Vaccination Hyderabad 1872-1889 - 1872-1889
Year: 1872
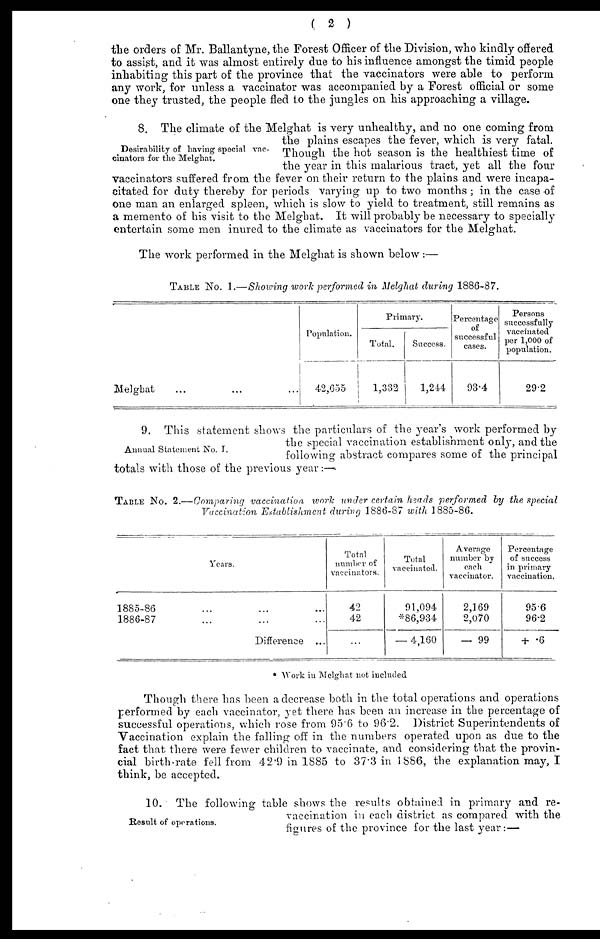
( 2 )
the orders of Mr. Ballantyne, the Forest Officer of the Division, who kindly offered
to assist, and it was almost entirely due to his influence amongst the timid people
inhabiting this part of the province that the vaccinators were able to perform
any work, for unless a vaccinator was accompanied by a Forest official or some
one they trusted, the people fled to the jungles on his approaching a village.
Desirability of having special vac-
cinators for the Melghat.
8. The climate of the Melghat is very unhealthy, and no one coming from
the plains escapes the fever, which is very fatal.
Though the hot season is the healthiest time of
the year in this malarious tract, yet all the four
vaccinators suffered from the fever on their return to the plains and were incapa-
citated for duty thereby for periods varying up to two months; in the case of
one man an enlarged spleen, which is slow to yield to treatment, still remains as
a memento of his visit to the Melghat. It will probably be necessary to specially
entertain some men inured to the climate as vaccinators for the Melghat.
The work performed in the Melghat is shown below:—
TABLE No. 1.—Showing work performed in Melghat during 1886-87.
Melghat ... ... ...
Population.
42,655
Primary.
Total.
1,332
Success.
1,244
Percentage
of
successful
cases.
93.4
Persons
successfully
vaccinated
per 1,000 of
population.
29.2
Annual Statement No. I.
9. This statement shows the particulars of the year's work performed by
the special vaccination establishment only, and the
following abstract compares some of the principal
totals with those of the previous year : —
TABLE No. 2.—Comparing vaccination, work under certain heads performed by the special
Vaccination Establishment during 1886-87 with 1885-86.
Years.
1885-86 ... ... ...
1886-87 ... ... ...
Difference ...
Total
number of
vaccinators.
42
42
...
Total
vaccinated.
91,094
*86,934
— 4,160
Average
number by
each
vaccinator.
2,169
2,070
— 99
Percentage
of success
in primary
vaccination.
95.6
96.2
+ *6
* Work in Melghat not included
Though there has been a decrease both in the total operations and operations
performed by each vaccinator, yet there has been an increase in the percentage of
successful operations, which rose from 95.6 to 96.2. District Superintendents of
Vaccination explain the falling off in the numbers operated upon as due to the
fact that there were fewer children to vaccinate, and considering that the provin-
cial birth-rate fell from 42.9 in 1885 to 37.3 in 1886, the explanation may, I
think, be accepted.
Result of operations.
10. The following table shows the results obtained in primary and re-
vaccination in each district as compared with the
figures of the province for the last year:—